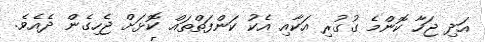
އަދި ޖަހާ ކޮންމެ ގުގުރި އަކާއި އެކު ކަންފަތްތައް ކޮޅަށް ޖެހިގެން ދެއެވެ.